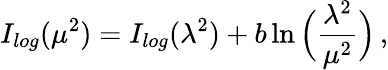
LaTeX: I_{log}(\mu^{2})=I_{log}(\lambda^{2})+b\ln\Big(\frac{\lambda^{2}}{\mu^{2}}\Big)\, ,